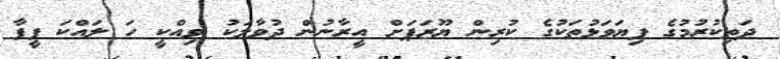
ދަތިކުރުމުގެ ފިޔަވަޅުތަކުގެ ކުރިން ޔޫރަޕަށް އީރާނުން ދުވާލަކު ވިއްކީ ހަ ލައްކަ ފީފާ